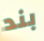
بند